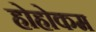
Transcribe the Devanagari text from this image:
होहोकम